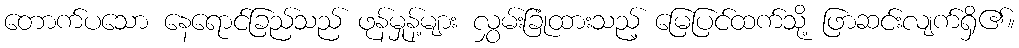
တောက်ပသော နေရောင်ခြည်သည် ဖုန်မှုန့်များ လွှမ်းခြုံထားသည့် မြေပြင်ထက်သို့ ဖြာဆင်းလျက်ရှိ၏။